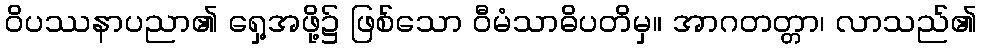
ဝိပဿနာပညာ၏ ရှေ့အဖို့၌ ဖြစ်သော ဝီမံသာဓိပတိမှ။ အာဂတတ္တာ၊ လာသည်၏